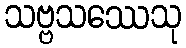
သဗ္ဗသဿေသု